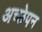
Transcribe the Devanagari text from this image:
अच्छेपन